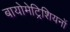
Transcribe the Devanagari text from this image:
बायोमेट्रिशियनों